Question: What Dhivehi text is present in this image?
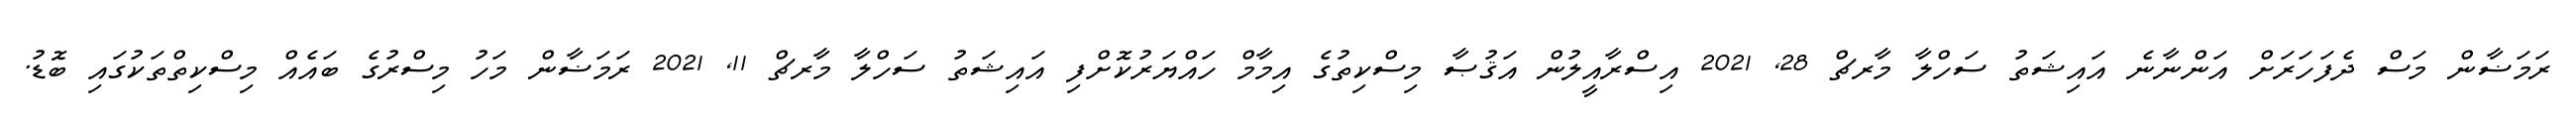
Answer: ރަމަޟާން މަސް ދެފަހަރަށް އަންނާނެ އައިޝަތު ސަހްލާ މާރޗް 28, 2021 އިސްރާއީލުން އަޤުޞާ މިސްކިތުގެ އިމާމް ހައްޔަރުކޮށްފި އައިޝަތު ސަހްލާ މާރޗް 11, 2021 ރަމަޟާން މަހު މިސްރުގެ ބައެއް މިސްކިތްތަކުގައި ބޮޑު.